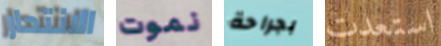
الانتحار نموت بجراحة استعدت